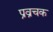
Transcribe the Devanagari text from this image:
प्रव्रचक